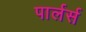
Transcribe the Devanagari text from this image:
पार्लर्स